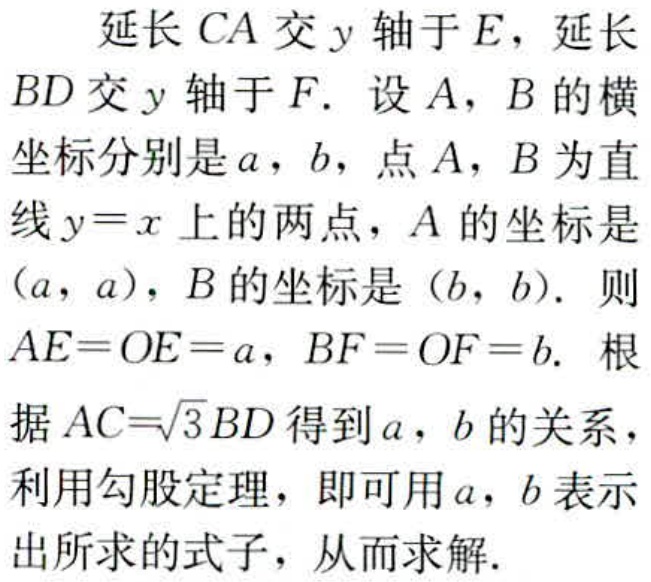
延长 \(CA\) 交 \(y\) 轴于 \(E\)，延长 \(BD\) 交 \(y\) 轴于 \(F\). 设 \(A\)，\(B\) 的横坐标分别是 \(a\)，\(b\)，点 \(A\)，\(B\) 为直线 \(y = x\) 上的两点，\(A\) 的坐标是 \((a,a)\)，\(B\) 的坐标是 \((b,b)\). 则 \(AE = OE = a\)，\(BF = OF = b\). 根据 \(AC = \sqrt{3}BD\) 得到 \(a\)，\(b\) 的关系，利用勾股定理，即可用 \(a\)，\(b\) 表示出所求的式子，从而求解.